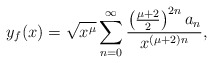
\begin{align*} y_f(x)=\sqrt{x^{\mu}}\sum_{n=0}^{\infty}\frac{\left(\frac{\mu+2}{2}\right)^{2n}a_n}{x^{(\mu+2)n}},\end{align*}